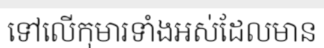
ទៅលើកុមារទាំងអស់ដែលមាន